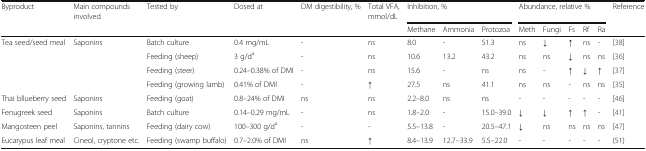
| <ROWSPAN=2> Byproduct | <ROWSPAN=2> Main compounds involved | <ROWSPAN=2> Tested by | <ROWSPAN=2> Dosed at | DM digestibility, % | Total VFA, mmol/dL | <COLSPAN=3> Inhibition, % | <COLSPAN=5> Abundance, relative % | <ROWSPAN=2> Reference |
 |  |  | Methane | Ammonia | Protozoa | Meth | Fungi | Fs | Rf | Ra |
 | --- | --- | --- | --- | --- | --- | --- | --- | --- | --- | --- | --- | --- | --- | --- |
 | <ROWSPAN=4> Tea seed/seed meal | <ROWSPAN=4> Saponins | Batch culture | 0.4 mg/mL | - | ns | 8.0 | - | 51.3 | ns | ↓ | ↑ | ns | - | [38] |
 | Feeding (sheep) | 3 g/da | - | ns | 10.6 | 13.2 | 43.2 | ns | ns | ↓ | ns | ns | [36] |
 | Feeding (steer) | 0.24–0.38% of DMI | - | ns | 15.6 | - | ns | ns | - | ↑ | ↓ | ↑ | [37] |
 | Feeding (growing lamb) | 0.41% of DMI | - | ↑ | 27.5 | ns | 41.1 | ns | ns | - | ns | ns | [35] |
 | Thai bllueberry seed | Saponins | Feeding (goat) | 0.8–24% of DMI | ns | ns | 2.2–8.0 | ns | ns | - | - | - | - | - | [46] |
 | Fenugreek seed | Saponins | Batch culture | 0.14–0.29 mg/mL | - | ns | 1.8–2.0 | - | 15.0–39.0 | ↓ | ↓ | ↑ | ↑ | - | [41] |
 | Mangosteen peel | Saponins, tannins | Feeding (dairy cow) | 100–300 g/da | - | - | 5.5–13.8 | - | 20.5–47.1 | ↓ | ns | ns | ns | ns | [47] |
 | Eucarypus leaf meal | Cineol, cryptone etc. | Feeding (swamp buffalo) | 0.7–2.0% of DMI | ns | ↑ | 8.4–13.9 | 12.7–33.9 | 5.5–22.0 | - | - | - | - | - | {51} |